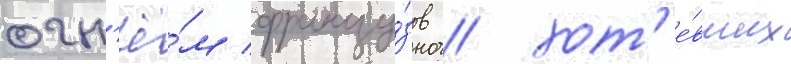
огн'ё́м францу́зов / хот'е́вших